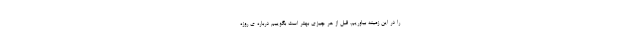
را در این زمینه بیاوریم. قبل از هر چیزی بهتر است بگوییم درباره ی روزه